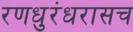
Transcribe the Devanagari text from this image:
रणधुरंधरासच